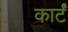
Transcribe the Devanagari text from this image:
कार्टं